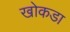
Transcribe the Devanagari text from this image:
खोकडा